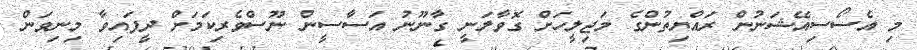
މި އެސޯސިއޭޝަނުން ރައްޔިތުންގެ މަޖިލީހަށް ގޮވާލަނީ ގާނޫނު އަސާސީން ނޫސްވެރިކަމަށް ދީފައިވާ މިނިވަން